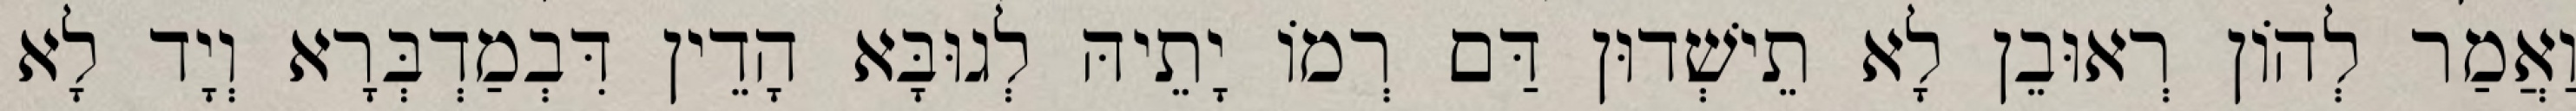
וַאֲמַר לְהוֹן רְאוּבֵן לָא תֵישְׁדוּן דַּם רְמוֹ יָתֵיהּ לְגוּבָּא הָדֵין דִּבְמַדְבְּרָא וְיָד לָא